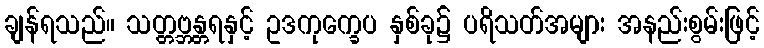
ချန်ရသည်။ သတ္တဗ္ဘန္တရနှင့် ဥဒကုက္ခေပ နှစ်ခု၌ ပရိသတ်အများ အနည်းစွမ်းဖြင့်